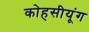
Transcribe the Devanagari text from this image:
कोहसीयूंग